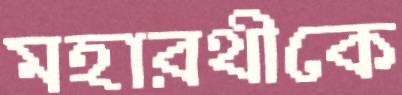
মহারথীকে